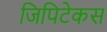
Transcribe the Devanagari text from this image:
जिपिटेकस